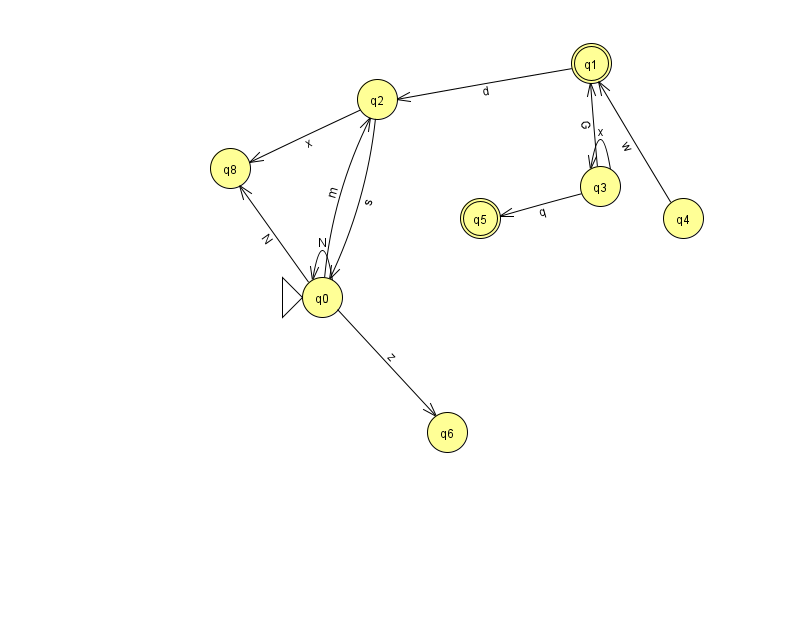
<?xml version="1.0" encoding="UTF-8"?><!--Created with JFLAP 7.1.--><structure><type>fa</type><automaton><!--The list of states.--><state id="0" name="q0"><x>322.0</x><y>284.0</y><initial/></state><state id="1" name="q1"><x>591.0</x><y>50.0</y><final/></state><state id="2" name="q2"><x>377.0</x><y>86.0</y></state><state id="3" name="q3"><x>600.0</x><y>173.0</y></state><state id="4" name="q4"><x>683.0</x><y>205.0</y></state><state id="5" name="q5"><x>480.0</x><y>205.0</y><final/></state><state id="6" name="q6"><x>447.0</x><y>419.0</y></state><state id="8" name="q8"><x>230.0</x><y>155.0</y></state><!--The list of transitions.--><transition><from>3</from><to>1</to><read>G</read></transition><transition><from>0</from><to>2</to><read>m</read></transition><transition><from>0</from><to>6</to><read>z</read></transition><transition><from>3</from><to>5</to><read>q</read></transition><transition><from>2</from><to>8</to><read>x</read></transition><transition><from>3</from><to>3</to><read>x</read></transition><transition><from>0</from><to>8</to><read>N</read></transition><transition><from>1</from><to>2</to><read>d</read></transition><transition><from>2</from><to>0</to><read>s</read></transition><transition><from>4</from><to>1</to><read>w</read></transition><transition><from>0</from><to>0</to><read>N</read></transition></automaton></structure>